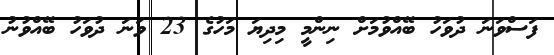
ފަސްވަނަ ދުވަހު ބޭއްވުމަށް ނިންމީ މިދިޔަ މަހުގެ 23 ވަނަ ދުވަހު ބޭއްވުނު